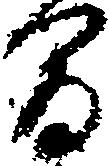
間